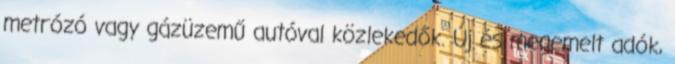
metrózó vagy gázüzemű autóval közlekedők. Új és megemelt adók,